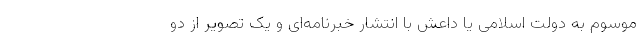
موسوم به دولت اسلامی یا داعش با انتشار خبرنامه‌ای و یک تصویر از دو